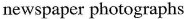
newspaper photographs